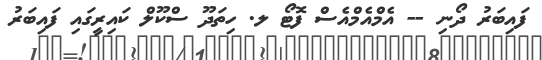
ފައިބަރު ދޯނި -- އެމްއެމްއެސް ފޮޓޯ ލ. ހިތަދޫ ސްކޫލް ކައިރީގައި ފައިބަރު